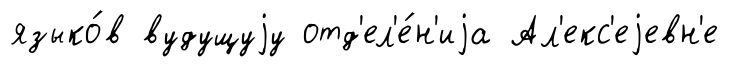
языко́в вудущуjу отд'ел'е́н'иjа Ал'екс'еjевн'е